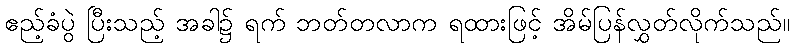
ဧည့်ခံပွဲ ပြီးသည့် အခါ၌ ရက် ဘတ်တလာက ရထားဖြင့် အိမ်ပြန်လွှတ်လိုက်သည်။